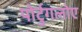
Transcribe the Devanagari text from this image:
पोर्टुगलोए